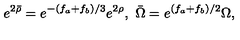
e ^ { 2 \bar { \rho } } = e ^ { - ( f _ { a } + f _ { b } ) / 3 } e ^ { 2 \rho } , \ \bar { \Omega } = e ^ { ( f _ { a } + f _ { b } ) / 2 } \Omega ,